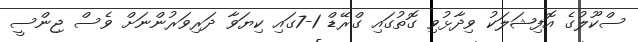
ސްކޫލުގެ އޮފިޝަލަކު ވިދާޅުވި ގޮތުގައި ގްރޭޑް 1-7ގައި ކިޔަވާ ދަރިވަރުންނަށް ވެސް ޖިންސީ